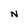
Character: N